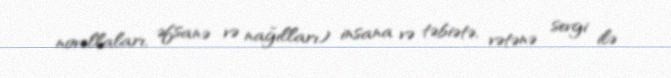
novellaları, əfsanə və nağılları) insana və təbiətə, vətənə sevgi ilə